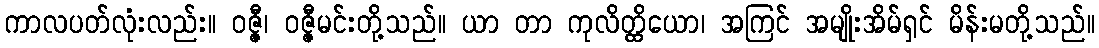
ကာလပတ်လုံးလည်း။ ဝဇ္ဇီ၊ ဝဇ္ဇီမင်းတို့သည်။ ယာ တာ ကုလိတ္ထိယော၊ အကြင် အမျိုးအိမ်ရှင် မိန်းမတို့သည်။